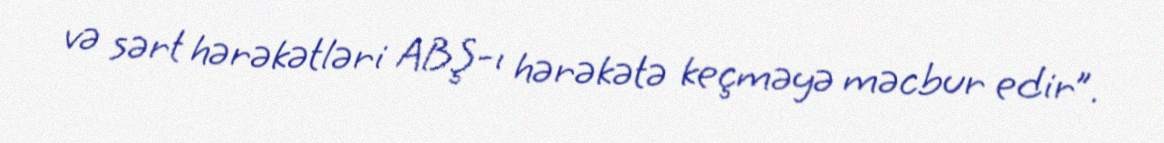
və sərt hərəkətləri ABŞ-ı hərəkətə keçməyə məcbur edir”.